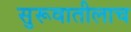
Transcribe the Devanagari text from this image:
सुरूवातीलाच